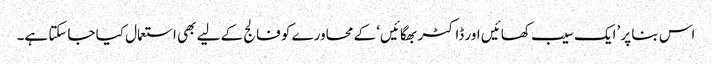
اس بنا پر ’ایک سیب کھائیں اور ڈاکٹر بھگائیں‘ کے محاورے کو فالج کے لیے بھی استعمال کیا جاسکتا ہے۔